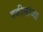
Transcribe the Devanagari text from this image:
वकीलांच्या